Problem: 36 ÷ 9 = ?
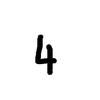
Handwritten answer: 4